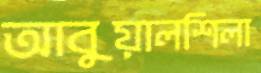
আবুয়ালশিলা